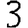
Digit: 3